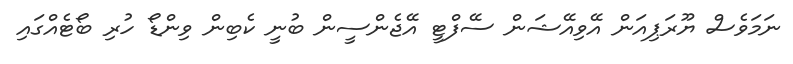
ނަމަވެސް ޔޫރަޕިއަން އޭވިއޭޝަން ސޭފްޓީ އޭޖެންސީން ބުނީ ކެބިން ވިންޑޯ ހުރި ބޯޓެއްގައި